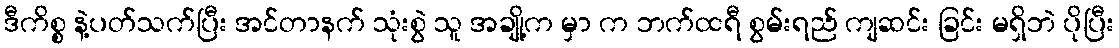
ဒီကိစ္စ နဲ့ပတ်သက်ပြီး အင်တာနက် သုံးစွဲ သူ အချို့က မှာ က ဘက်ထရီ စွမ်းရည် ကျဆင်း ခြင်း မရှိဘဲ ပိုပြီး